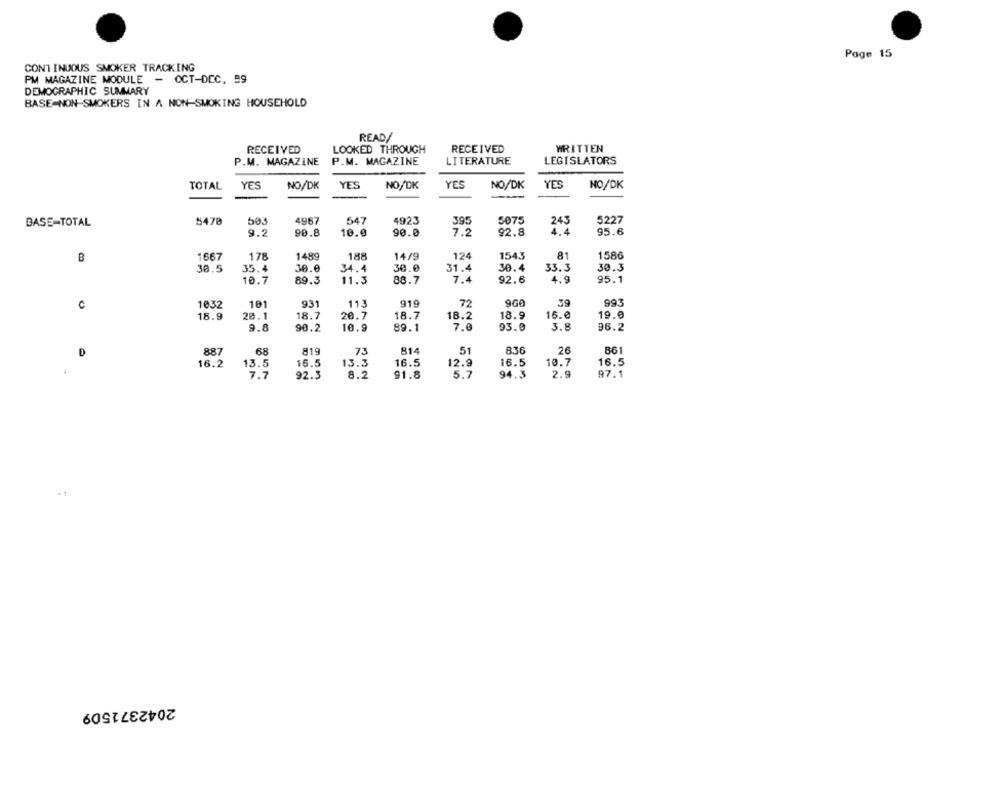
Page 15
CONTINUOUS SMOKER TRACKING
PM MAGAZINE MODULE - OCT-DEC, 99
DEMOGRAPHIC SUMMARY
BASE-NON-SMOKERS IN A NON-SMOKING HOUSEHOLD
READ/
RECEIVED
LOOKED THROUGH
RECEIVED
WRITTEN
P.M. MAGAZINE
P.M. MAGAZINE
LITERATURE
LEGISLATORS
TOTAL
YES
NO/DK
YES
NO/DK
YES
NO/DK
YES
NO/DK
--
5470
503
4967
547
4923
395
5075
5227
BASE-TOTAL
243
9.2
90.8
10.0
90.0
7.2
92.8
95.6
B
1667
178
1489
188
14/9
124
1543
81
1586
30.5
35.4
30.0
34.4
30.0
31.4
30.4
33.3
30.3
10.7
89.3
11.3
88.7
7.4
92.6
4.9
95.1
72
9GB
39
993
C
1032
181
931
113
919
18.9
20.1
18.7
20.7
18.7
18.9
16.0
19.0
18.2
9.8
90.2
10.9
89.1
7.0
93.0
3.8
96.2
26
D
887
68
819
73
814
51
836
861
16.2
13.5
16.5
13.3
16.5
12.9
16.5
10.7
16.5
.
7.7
92.3
8.2
91.8
5.7
94.3
2.9
97.1
2042371509